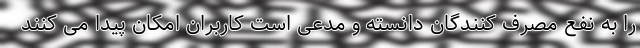
را به نفع مصرف کنندگان دانسته و مدعی است کاربران امکان پیدا می کنند